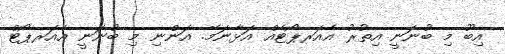
އިބޫ މި ބުނަނީ އިތުރު އެއަރޕޯޓެއް އަޅާނަމޭ. އަންނި މި ބުނަނީ އެއަރޕޯޓް